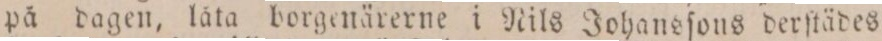
på dagen, låta borgenärerne i Nils Johansſons derſtädes